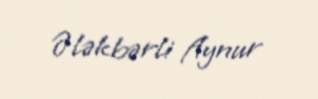
Ələkbərli Aynur